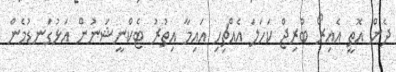
ދެން އޮތީ އެއިރޯ ބްރިޖް ކަހަލަ އެއްޗިހި އައިމާ އިތުރު ޓެކްނީޝަނުން އަޅުގަނޑުމެން